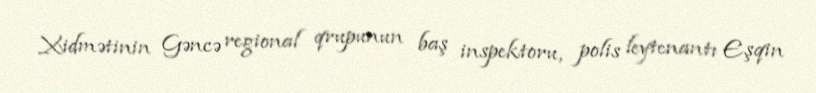
Xidmətinin Gəncə regional qrupunun baş inspektoru, polis leytenantı Eşqin